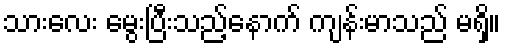
သားလေး မွေးပြီးသည့်နောက် ကျန်းမာသည် မရှိ။